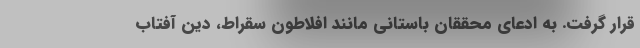
قرار گرفت. به ادعای محققان باستانی مانند افلاطون سقراط، دین آفتاب